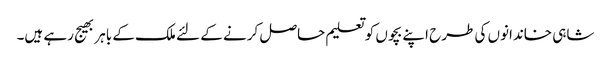
شاہی خاندانوں کی طرح اپنے بچوں کو تعلیم حاصل کرنے کے لئے ملک کے باہر بھیج رہے ہیں۔